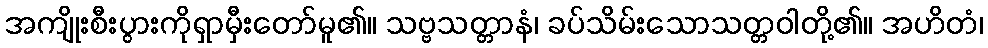
အကျိုးစီးပွားကိုရှာမှီးတော်မူ၏။ သဗ္ဗသတ္တာနံ၊ ခပ်သိမ်းသောသတ္တဝါတို့၏။ အဟိတံ၊